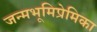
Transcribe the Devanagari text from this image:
जन्मभूमिप्रेमिका